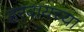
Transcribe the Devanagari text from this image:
हरवायच्या